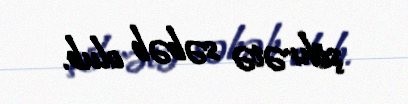
şöhrətə səbəb olub.